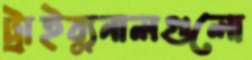
ট্রাইব্যুনালগুলো